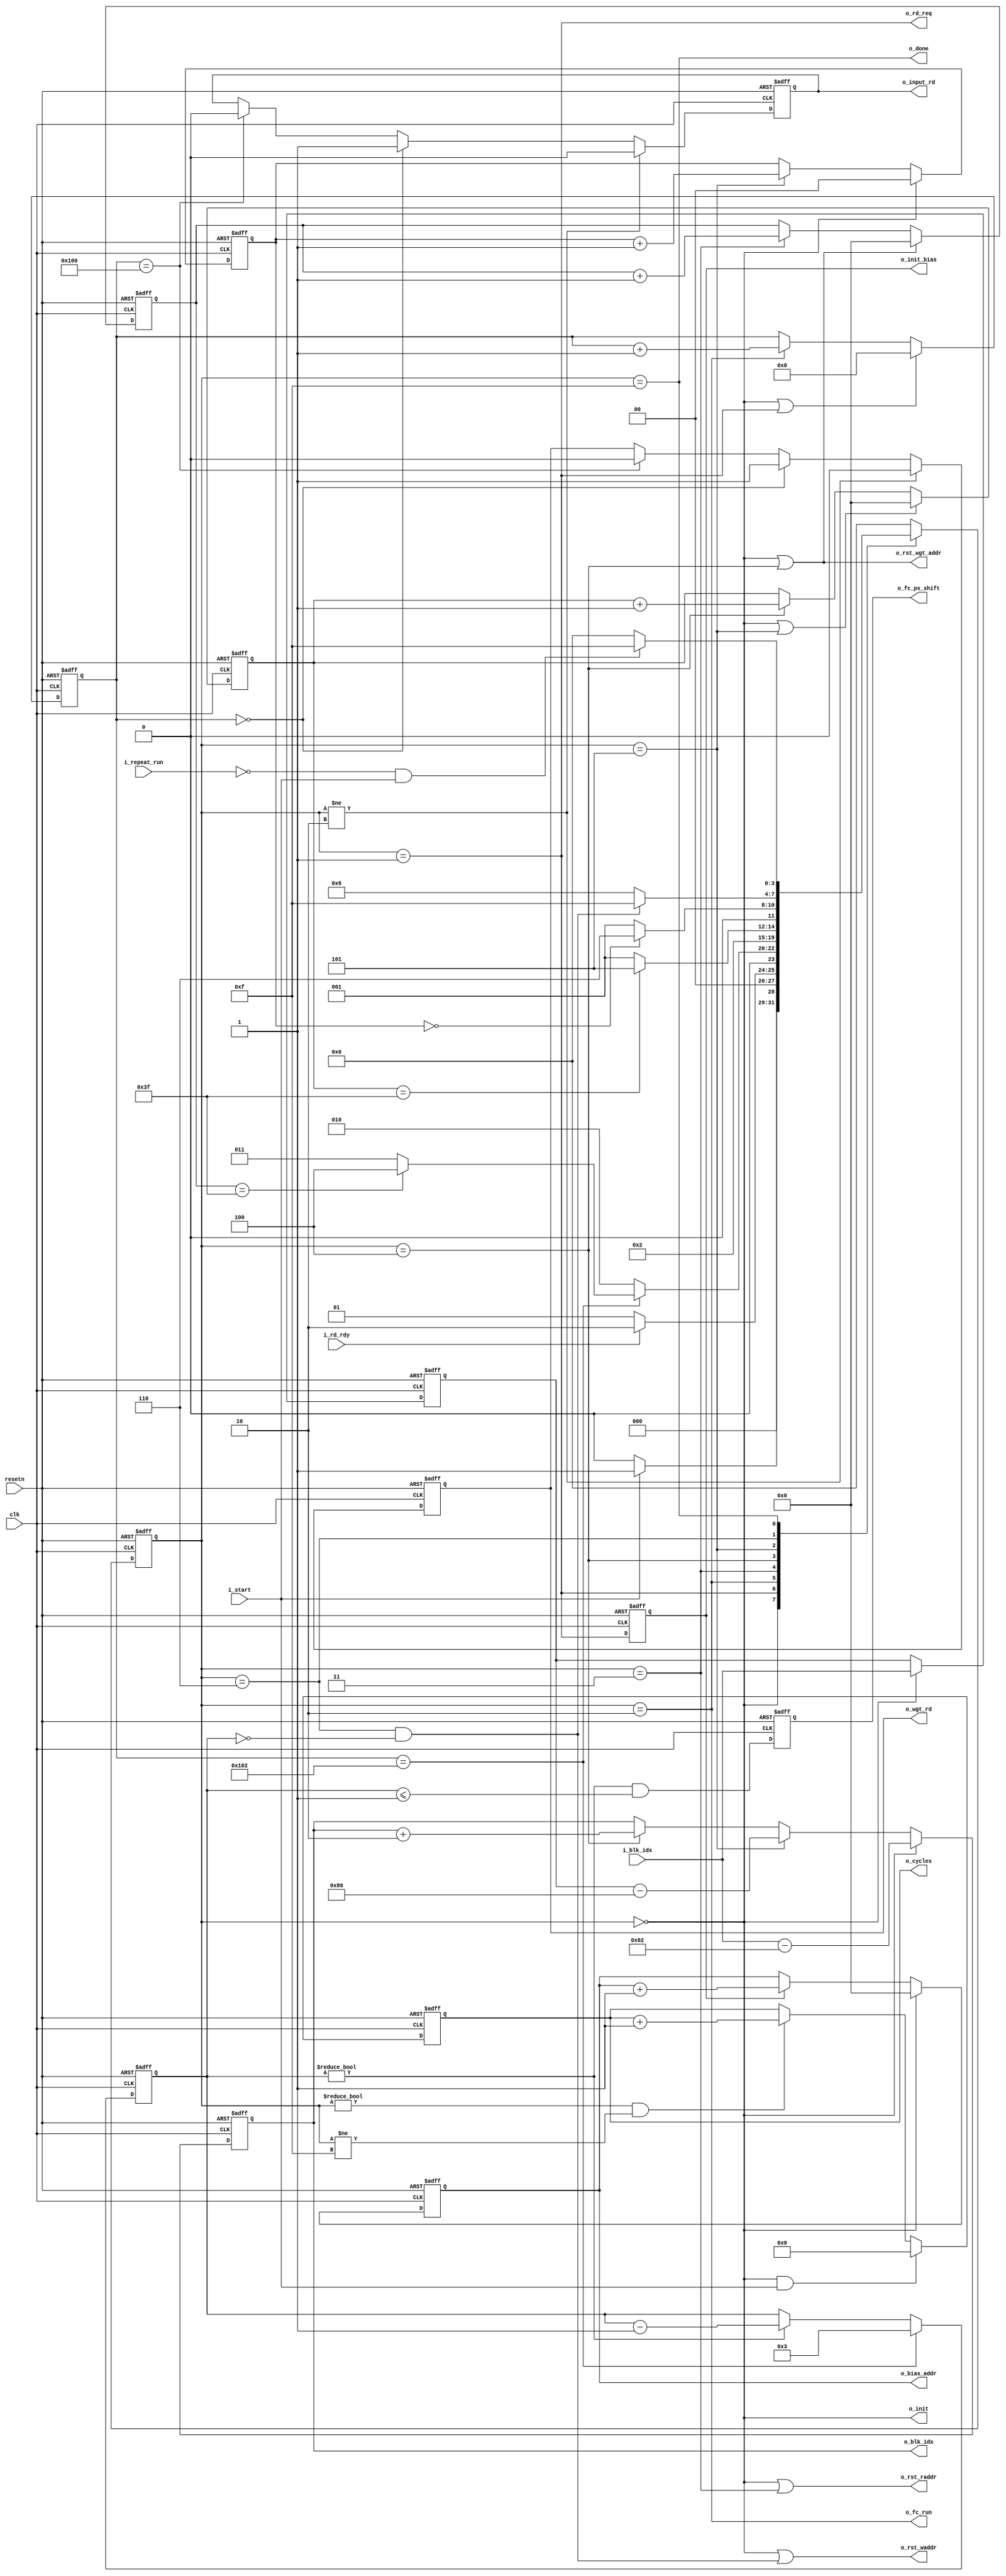

module ice40_audio_fb_cu (
// Global inputs
input             clk           ,
input             resetn        ,

// Control signals
input             i_start       , // clk, long pulse
input             i_repeat_run  , // enable repeat run

output            o_init        ,
output            o_rst_raddr   ,
output            o_rst_waddr   ,
output            o_rst_wgt_addr,

input      [7:0]  i_blk_idx     , // current write block index
output            o_rd_req      ,
input             i_rd_rdy      ,
output reg [7:0]  o_blk_idx     ,

output reg [31:0] o_cycles      ,

output reg [5:0]  o_bias_addr   ,

output            o_fc_run      ,
output reg        o_input_rd    , 
output reg        o_wgt_rd      ,
output reg        o_init_bias   ,
output reg        o_fc_ps_shift ,

output            o_done     
);

parameter [3:0]	C_POST_GAP  = 4'd2;

reg	[5:0]	round_cnt;
reg	[5:0]	chunk_cnt;

reg	[11:0]	data_cnt;
reg	[3:0]	output_cnt;
reg	[1:0]	plane_cnt;
reg	[7:0]	start_blk_idx;

wire	[5:0]	num_round;
wire	[5:0]	num_chunk;
wire	[11:0]	num_data;
wire	[3:0]	num_output;
wire	[1:0]	num_plane;
wire	[7:0]	num_stride;

wire		round_done;
wire		chunk_done;
wire		plane_done;
wire		frame_done;
wire		write_done;

// state machine
parameter [3:0] 
	S_INIT       = 4'b0000, // initialize, wait for start
	S_INIT_BIAS  = 4'b0001, // initialize accumulator in MAC
	S_RUN_ROUND  = 4'b0010, // run round (whole input, partial output)
	S_RST_ADDR   = 4'b0011, // reset read addr
	S_NEXT_CHUNK = 4'b0100, // prepare next chunk
	S_NEXT_PLANE = 4'b0101, // prepare next plane
	S_WAIT_WRITE = 4'b0110, // wait for last output writing
	S_HOLD       = 4'b1111; // wait for deassert i_start

reg     [3:0]   state;
reg     [3:0]   nstate;


always @(posedge clk or negedge resetn) 
begin
    if(resetn == 1'b0) 
	state <= S_INIT;
    else               
	state <= nstate;
end

always @(posedge clk or negedge resetn) 
begin
    if(resetn == 1'b0) 
	o_cycles <= 32'b0;
    else if((state == S_INIT) && i_start)
	o_cycles <= 32'b0;
    else if((state != S_INIT) && (state != S_HOLD))
	o_cycles <= o_cycles + 32'd1;
end

always @(*)
begin
    case(state)
	S_INIT:
	    nstate = i_start ? S_INIT_BIAS : S_INIT;
	S_INIT_BIAS:
	    nstate = i_rd_rdy ? S_RUN_ROUND : S_INIT_BIAS;
	S_RUN_ROUND:
	    nstate = round_done ? (chunk_done ? S_NEXT_CHUNK : S_RST_ADDR) : S_RUN_ROUND;
	S_RST_ADDR:
	    nstate = S_INIT_BIAS;
	S_NEXT_CHUNK:
	    nstate = plane_done ? S_NEXT_PLANE : S_INIT_BIAS;
	S_NEXT_PLANE:
	    nstate = frame_done ? S_WAIT_WRITE : S_INIT_BIAS;
	S_WAIT_WRITE:
	    nstate = write_done ? S_HOLD : S_WAIT_WRITE;
	S_HOLD:
	    nstate = ((!i_repeat_run) & i_start) ? S_HOLD : S_INIT;
	default:
	    nstate = S_INIT;
    endcase
end

always @(posedge clk or negedge resetn) 
begin
    if(resetn == 1'b0) 
	o_bias_addr <= 6'b0;
    else if(state == S_INIT)
	o_bias_addr <= 6'b0;
    else if(o_init_bias)
	o_bias_addr <= o_bias_addr + 6'd1;
end

always @(posedge clk or negedge resetn) 
begin
    if(resetn == 1'b0) 
	plane_cnt <= 2'b0;
    else if(state == S_INIT)
	plane_cnt <= 2'b0;
    else if(state == S_NEXT_PLANE)
	plane_cnt <= plane_cnt + 2'd1;
end

always @(posedge clk or negedge resetn) 
begin
    if(resetn == 1'b0) 
	start_blk_idx <= 8'b0;
    else if(state == S_INIT)
	start_blk_idx <= i_blk_idx;
end

always @(posedge clk or negedge resetn) 
begin
    if(resetn == 1'b0) 
	o_blk_idx <= 8'd0;
    else if(state == S_INIT)
	o_blk_idx <= i_blk_idx - 8'd130;
    else if(state == S_NEXT_PLANE)
	o_blk_idx <= start_blk_idx - 8'd128;
    else if(state == S_NEXT_CHUNK)
	o_blk_idx <= o_blk_idx + num_stride;
end

always @(posedge clk or negedge resetn) 
begin
    if(resetn == 1'b0) 
	round_cnt <= 6'b0;
    else if((state == S_INIT) || (state == S_NEXT_CHUNK))
	round_cnt <= 6'b0;
    else if(state == S_RST_ADDR)
	round_cnt <= round_cnt + 6'd1;
end

always @(posedge clk or negedge resetn) 
begin
    if(resetn == 1'b0) 
	chunk_cnt <= 6'b0;
    else if((state == S_INIT) || (state == S_NEXT_PLANE))
	chunk_cnt <= 6'b0;
    else if(state == S_NEXT_CHUNK)
	chunk_cnt <= chunk_cnt + 6'd1;
end

always @(posedge clk or negedge resetn) 
begin
    if(resetn == 1'b0) 
	data_cnt <= 12'b0;
    else if((state == S_INIT) || (state == S_INIT_BIAS))
	data_cnt <= 12'b0;
    else if(state == S_RUN_ROUND)
	data_cnt <= data_cnt + 12'd1;
end

always @(posedge clk or negedge resetn) 
begin
    if(resetn == 1'b0) 
	output_cnt <= 4'd0;
    else if(round_done) 
	output_cnt <= num_output + C_POST_GAP;
    else if(output_cnt != 4'd0)
	output_cnt <= output_cnt - 4'd1;
end

always @(posedge clk or negedge resetn) 
begin
    if(resetn == 1'b0) 
	o_fc_ps_shift <= 1'b0;
    else
	o_fc_ps_shift <= (output_cnt != 4'd0) && (output_cnt <= num_output);
end

assign o_fc_run = (state == S_RUN_ROUND);

always @(posedge clk or negedge resetn) 
begin
    if(resetn == 1'b0) 
	o_input_rd <= 1'b0;
    else if(state != S_RUN_ROUND)
	o_input_rd <= 1'b0;
    else if(data_cnt == 12'd0)
	o_input_rd <= 1'b1;
    else if(data_cnt == num_data)
	o_input_rd <= 1'b0;
end

always @(posedge clk or negedge resetn) 
begin
    if(resetn == 1'b0) 
	o_wgt_rd <= 1'b0;
    else if(state != S_RUN_ROUND)
	o_wgt_rd <= 1'b0;
    else if(data_cnt == 12'b0)
	o_wgt_rd <= 1'b1;
    else if(data_cnt == num_data)
	o_wgt_rd <= 1'b0;
end

always @(posedge clk or negedge resetn) 
begin
    if(resetn == 1'b0) 
	o_init_bias = 1'b0;
    else 
	o_init_bias = (state == S_INIT_BIAS);
end

assign round_done = (data_cnt == (num_data + 12'd2));
assign chunk_done = (round_cnt == num_round);
assign plane_done = (chunk_cnt == num_chunk);
assign frame_done = (plane_cnt == num_plane);
assign write_done = (state == S_WAIT_WRITE) && (output_cnt == 8'd0);

assign o_init = (state == S_INIT);

assign o_rst_raddr = (state == S_INIT) || (state == S_RST_ADDR);
assign o_rst_waddr = (state == S_INIT) || write_done;
assign o_rst_wgt_addr = (state == S_INIT) || (state == S_NEXT_CHUNK);

assign o_rd_req = (state == S_INIT_BIAS);

assign o_done = (state == S_HOLD);

// programmable parameters {{{

// 8K sample per sec, 64x64x1 
assign num_data   = 12'd256;
assign num_round  = 6'd63;
assign num_chunk  = 6'd63;
assign num_plane  = 2'd0;
assign num_stride = 8'd2;
// 4K sample per sec, 32x32x2
//assign num_data   = 12'd128;
//assign num_round  = 6'd31;
//assign num_chunk  = 6'd31;
//assign num_plane  = 2'd1;
//assign num_stride = 8'd4;

assign num_output = 4'd1;

// programmable parameters }}}

endmodule

// vim:foldmethod=marker:
//